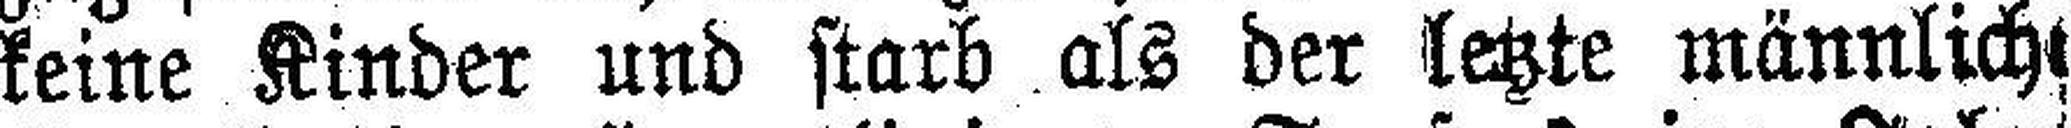
keine Kinder und starb als der letzte männlich